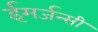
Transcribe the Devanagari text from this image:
ईमर्जन्सी